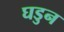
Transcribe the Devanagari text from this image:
घडुन